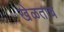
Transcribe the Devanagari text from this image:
खेळताच